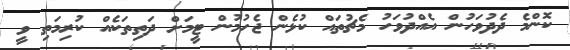
ކޮންމެ ދެދުވަހުން އެއްދުވަހު މެޗުތައް ކުޅެން ޖެހުމުން ޓީމަށް ދަތިތަކެއް ކުރިމަތި ވީ